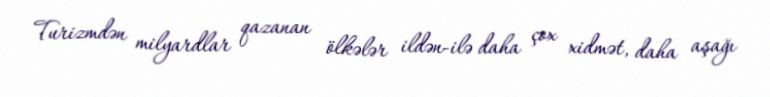
Turizmdən milyardlar qazanan ölkələr ildən-ilə daha çox xidmət, daha aşağı